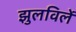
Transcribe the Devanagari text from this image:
झुलविलें